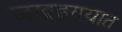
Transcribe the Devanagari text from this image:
जखडण्यात